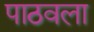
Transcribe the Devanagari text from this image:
पाठवला